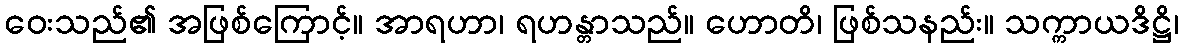
ဝေးသည်၏ အဖြစ်ကြောင့်။ အာရဟာ၊ ရဟန္တာသည်။ ဟောတိ၊ ဖြစ်သနည်း။ သက္ကာယဒိဋ္ဌိ၊